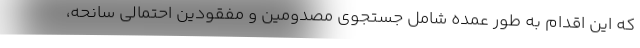
که این اقدام به طور عمده شامل جستجوی مصدومین و مفقودین احتمالی سانحه،